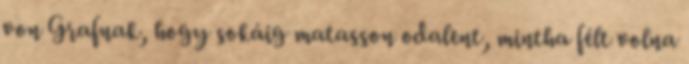
von Grafnak, hogy sokáig matasson odalent, mintha félt volna